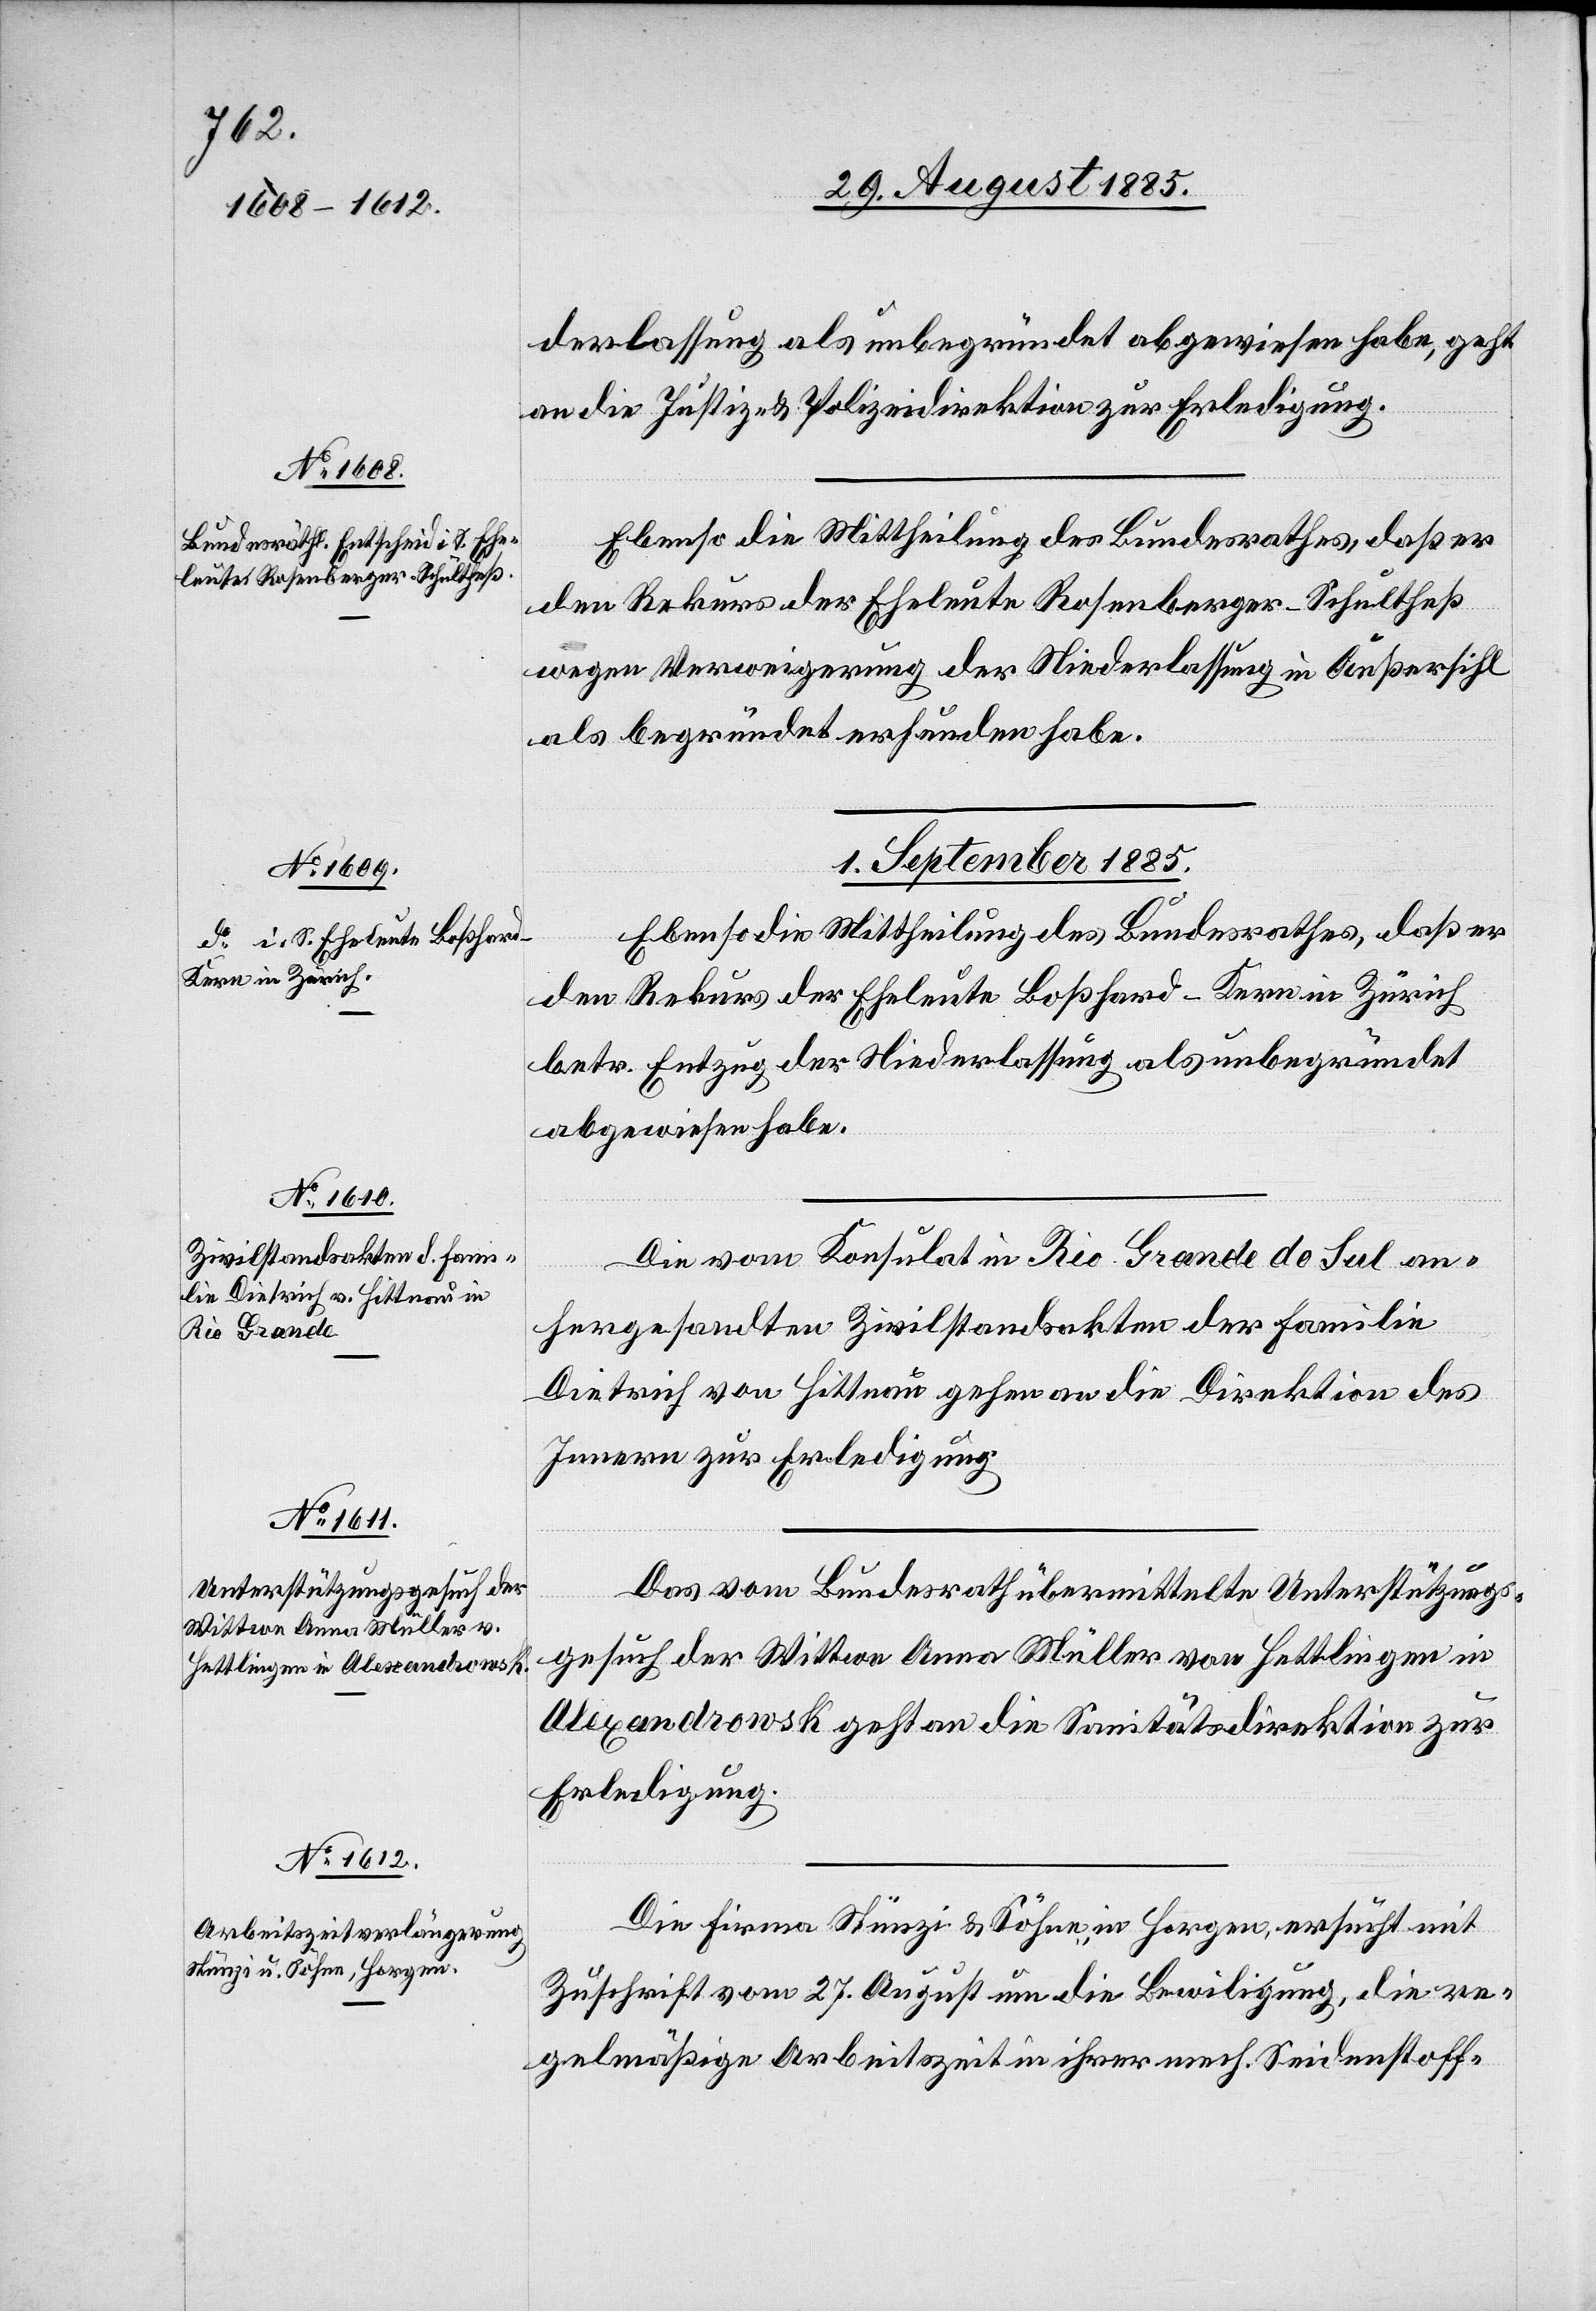
29. August 1885.]
derlassung als unbegründet abgewiesen habe, geht
an die Justiz- & Polizeidirektion zur Erledigung.
Ebenso die Mittheilung des Bundesrathes, daß er
den Rekurs der Eheleute Rosenberger-Schultheß
wegen Verweigerung der Niederlassung in Außersihl
als begründet erfunden habe.
1. September 1885.]
Ebenso die Mittheilung des Bundesrathes, daß er
den Rekurs der Eheleute Boßhard-Kern in Zürich
betr. Entzug der Niederlassung als unbegründet
abgewiesen habe.
Die vom Konsulat in Rio Grande do Sul an¬
erfügungen.
hergesandten Zivilstandsakten der Familie
Dietrich von Hittnau gehen an die Direktion des
Innern zur Erledigung.
Das vom Bundesrath übermittelte Unterstützungs¬
gesuch der Wittwe Anna Müller von Hettlingen in
Alexandrowsk geht an die Sanitätsdirektion zur
Erledigung.
Die Firma Stünzi & Söhne, in Horgen, ersucht mit
Zuschrift vom 27. August um die Bewil[l]igung, die re¬
gelmäßige Arbeitszeit in ihrer mech. Seidenstoff-